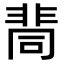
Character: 𩇷